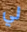
لي